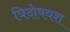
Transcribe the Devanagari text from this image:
त्रिदोषवश